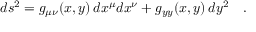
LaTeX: d s ^ { 2 } = g _ { \mu \nu } ( x , y ) \, d x ^ { \mu } d x ^ { \nu } + g _ { y y } ( x , y ) \, d y ^ { 2 } \quad .